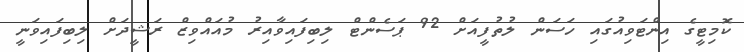
ކޮމިޓީގެ އިންޓަވިއުގައި ހަސަން ލުތުފީއަށް 92 ޕަސެންޓް ލިބިފައިވާއިރު މުއައްވިޒް ރަޝީދަށް ލިބިފައިވަނީ